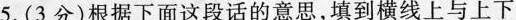
5.(3分)根据下面这段话的意思，填到横线上与上下